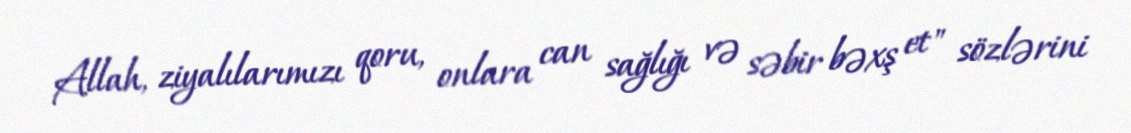
Allah, ziyalılarımızı qoru, onlara can sağlığı və səbir bəxş et" sözlərini